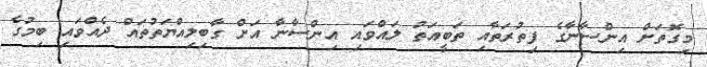
މިގޮތަށް އިންސާނާގެ ފިތުރަތާއި ތަބީއަތު ލައްވައި އިންސާނާ އަށް ގާބިލިއްޔަތުތައް ދެއްވައި ބިމުގެ